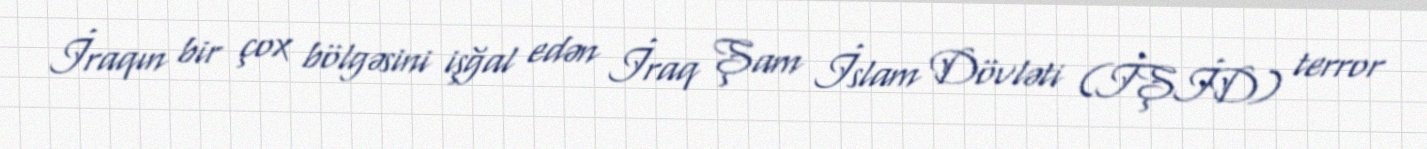
İraqın bir çox bölgəsini işğal edən İraq Şam İslam Dövləti (İŞİD) terror